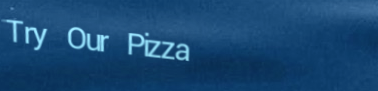
Try Our Pizza